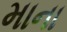
માના